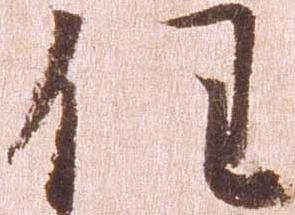
任